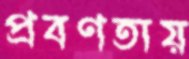
প্রবণতায়